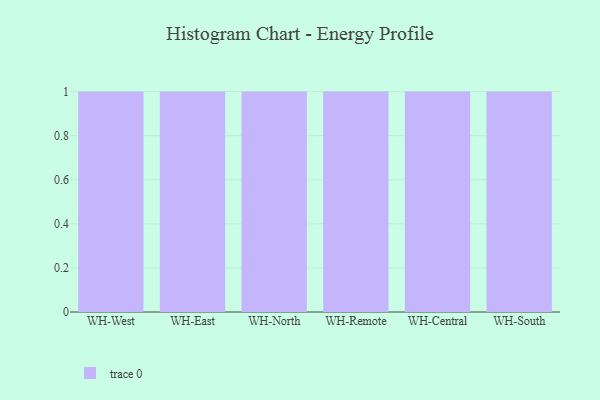
{"axis": {"x": "Warehouse", "y": "Operating Costs (USD K)"}, "legend": [""], "data": [{"x": "WH-West", "y": 1, "type": ""}, {"x": "WH-East", "y": 93, "type": ""}, {"x": "WH-North", "y": 79, "type": ""}, {"x": "WH-Remote", "y": 12, "type": ""}, {"x": "WH-Central", "y": 63, "type": ""}, {"x": "WH-South", "y": 32, "type": ""}]}